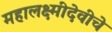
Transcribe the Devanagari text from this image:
महालक्ष्मीदेवीचे